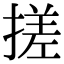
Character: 搓